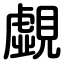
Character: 覷